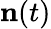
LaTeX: {\mathbf n}(t)